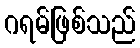
ဂရမ်ဖြစ်သည်